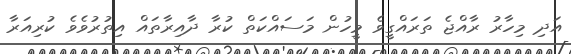
އަދި މިހާރު ރާއްޖެ ތަރައްގީވެ މީހުން މަސައްކަތް ކުރާ ދާއިރާތައް އިތުރުވެވެ ކުރިއަރާ